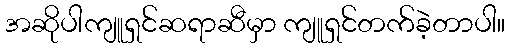
အဆိုပါကျူရှင်ဆရာဆီမှာ ကျူရှင်တက်ခဲ့တာပါ။